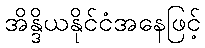
အိန္ဒိယနိုင်ငံအနေဖြင့်